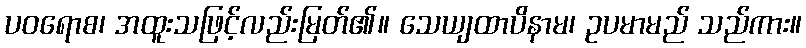
ပဝရောစ၊ အထူးသဖြင့်လည်းမြတ်၏။ သေယျထာပိနာမ၊ ဥပမာမည် သည်ကား။